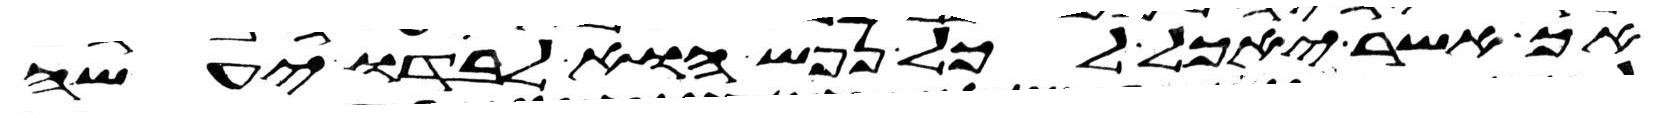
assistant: אך אשר יאכל לכל נפש הוא לבדו יעשה